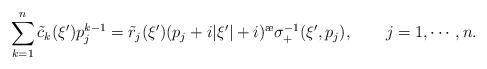
LaTeX: \begin{align*}\sum\limits_{k=1}^{n}\tilde c_k(\xi')p_j^{k-1}=\tilde r_j(\xi') (p_j+i|\xi'|+i)^{\ae} \sigma^{-1}_+(\xi',p_j),~~~~~~j=1,\cdots,n.\end{align*}